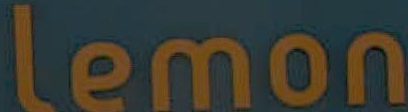
Lemon